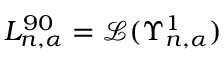
L _ { n , \alpha } ^ { 9 0 } = \mathcal { L } ( \Upsilon _ { n , \alpha } ^ { 1 } )